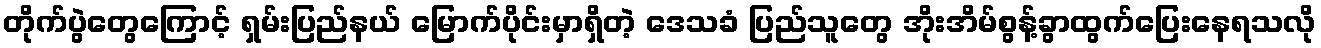
တိုက်ပွဲတွေကြောင့် ရှမ်းပြည်နယ် မြောက်ပိုင်းမှာရှိတဲ့ ဒေသခံ ပြည်သူတွေ အိုးအိမ်စွန့်ခွာထွက်ပြေးနေရသလို